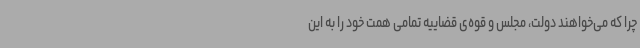
چرا که می‌خواهند دولت، مجلس و قوه‌ی قضاییه تمامی همت خود را به این